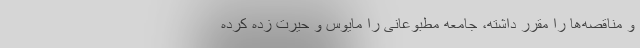
و مناقصه‌ها را مقرر داشته، جامعه مطبوعانی را مایوس و حیرت زده کرده